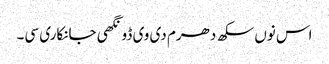
اس نوں سکھ دھرم دی وی ڈونگھی جانکاری سی۔